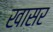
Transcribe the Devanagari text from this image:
खासर